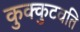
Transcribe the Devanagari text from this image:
कुक्कुटवति